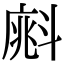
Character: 𣂁